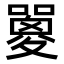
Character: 𡂇